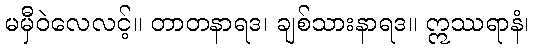
မမှီဝဲလေလင့်။ တာတနာရဒ၊ ချစ်သားနာရဒ။ ဣဿရာနံ၊